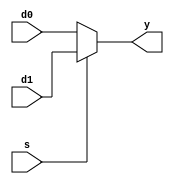
module Two_One_MUX #(
    parameter WIDTH = 8
) (
    input [WIDTH-1:0] d0, d1,
    input s,
    output [WIDTH-1:0] y
);
    
    // MUX Select statement
    assign y = s ? d1 : d0;
endmodule